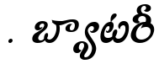
. బ్యాటరీ